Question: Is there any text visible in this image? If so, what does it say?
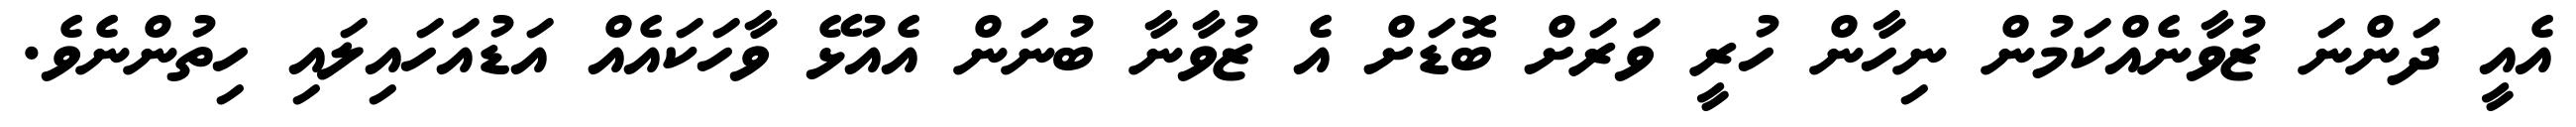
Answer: އެއީ ދަންނަ ޒުވާނެއްކަމުން ނިހާން ހުރީ ވަރަށް ބޮޑަށް އެ ޒުވާނާ ބުނަން އެއުޅޭ ވާހަކައެއް އަޑުއަހައިލައި ހިތުންނެވެ.